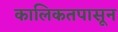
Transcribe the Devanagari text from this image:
कालिकतपासून